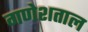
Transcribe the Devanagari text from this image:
गणेशताल